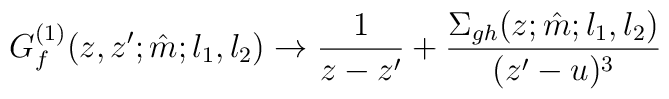
G_f^{(1)}(z,z';\hat m;l_1,l_2)\to \frac{1}{z-z'}+\frac{\Sigma_{gh}(z;\hat m;l_1,l_2)}{(z'-u)^3}